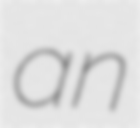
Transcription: an